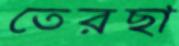
তেরছা